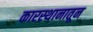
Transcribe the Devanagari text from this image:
कारस्थानातून